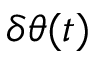
\delta \theta ( t )